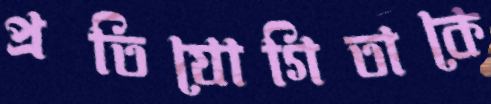
প্রতিযোগিতাকে